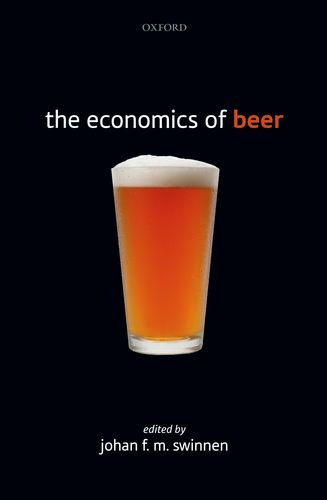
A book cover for The Economics of Beer; Business & Money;